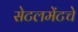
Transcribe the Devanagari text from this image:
सेटलमेंटचे